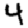
Digit: 4